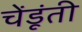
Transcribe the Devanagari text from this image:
चेंडूंती